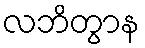
လဘိတွာန